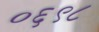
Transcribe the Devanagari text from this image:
०६९८